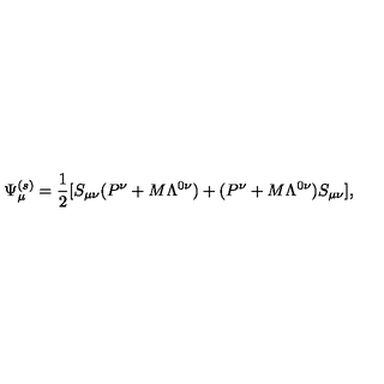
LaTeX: \Psi _ { \mu } ^ { ( s ) } = { \frac { 1 } { 2 } } [ S _ { \mu \nu } ( P ^ { \nu } + M \Lambda ^ { 0 \nu } ) + ( P ^ { \nu } + M \Lambda ^ { 0 \nu } ) S _ { \mu \nu } ] ,